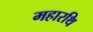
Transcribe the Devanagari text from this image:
महारथि